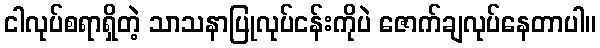
ငါလုပ်စရာရှိတဲ့ သာသနာပြုလုပ်ငန်းကိုပဲ ဇောက်ချလုပ်နေတာပါ။